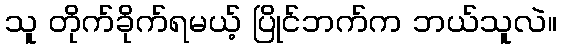
သူ တိုက်ခိုက်ရမယ့် ပြိုင်ဘက်က ဘယ်သူလဲ။